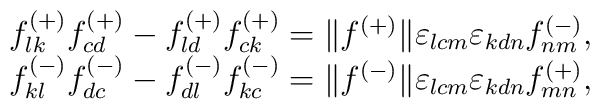
\begin{array}{l}f^{(+)}_{lk}f^{(+)}_{cd}-f^{(+)}_{ld}f^{(+)}_{ck}=\|f^{(+)}\|\varepsilon_{lcm}\varepsilon_{kdn}f^{(-)}_{nm},\\ f^{(-)}_{kl}f^{(-)}_{dc}-f^{(-)}_{dl}f^{(-)}_{kc}=\|f^{(-)}\|\varepsilon_{lcm}\varepsilon_{kdn}f^{(+)}_{mn},\end{array}